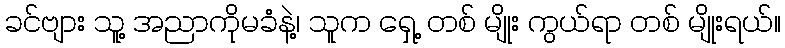
ခင်ဗျား သူ့ အညာကိုမခံနဲ့၊ သူက ရှေ့ တစ် မျိုး ကွယ်ရာ တစ် မျိုးရယ်။